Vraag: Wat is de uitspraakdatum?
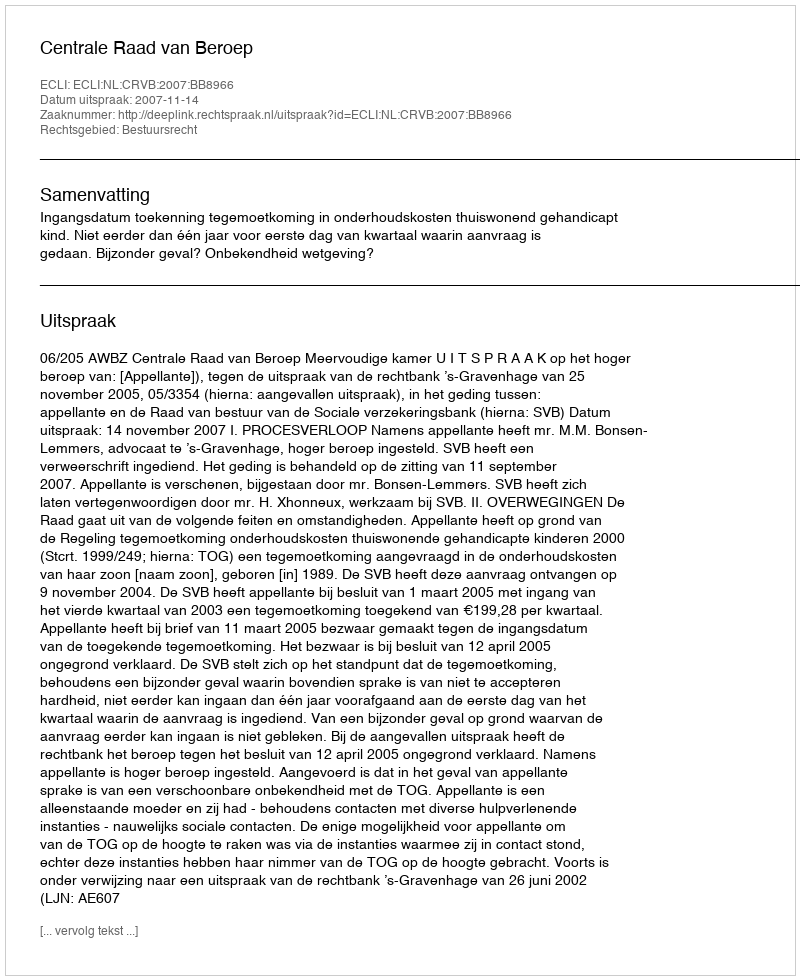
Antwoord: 2007-11-14